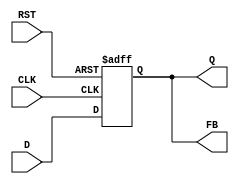
module feedback_register (
    input wire CLK,      // Clock input
    input wire RST,      // Reset input
    input wire D,        // Data input
    output reg Q,        // Output port for stored data
    output wire FB       // Feedback output
);

// Assign feedback output to the stored value
assign FB = Q;

// Sequential logic block
always @(posedge CLK or posedge RST) begin
    if (RST) begin
        Q <= 1'b0;      // Reset the stored value to 0
    end else begin
        Q <= D;         // Store the input data on the rising edge of the clock
    end
end

endmodule